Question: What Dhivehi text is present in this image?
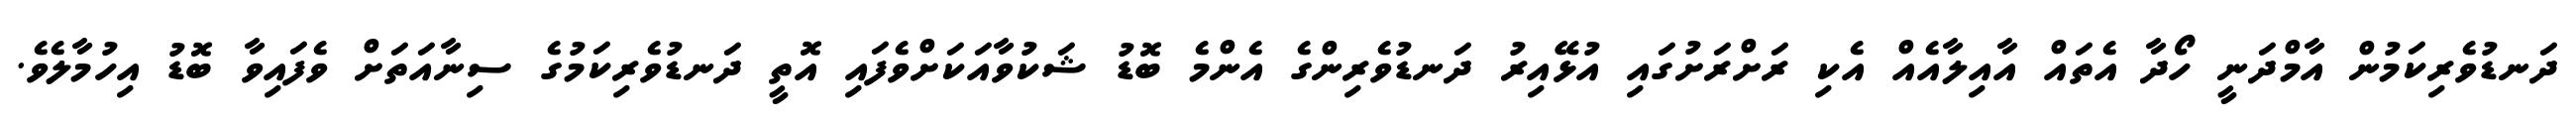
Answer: ދަނޑުވެރިކަމުން އާމްދަނީ ހޯދާ އެތައް އާއިލާއެއް އެކި ރަށްރަށުގައި އުޅޭއިރު ދަނޑުވެރިންގެ އެންމެ ބޮޑު ޝަކުވާއަކަށްވެފައި އޮތީ ދަނޑުވެރިކަމުގެ ސިނާއަތަށް ވެފައިވާ ބޮޑު އިހުމާލެވެ.